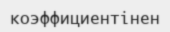
коэффициентінен